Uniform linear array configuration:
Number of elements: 12
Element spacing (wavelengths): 0.5
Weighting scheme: hann
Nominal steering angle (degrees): -30
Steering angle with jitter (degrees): -28.422
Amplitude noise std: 0.05
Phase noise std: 0.05

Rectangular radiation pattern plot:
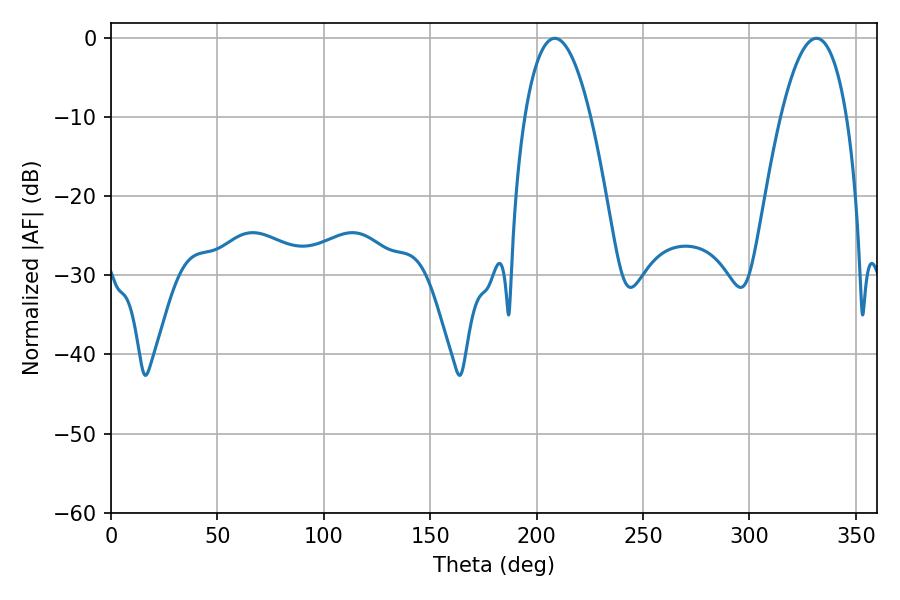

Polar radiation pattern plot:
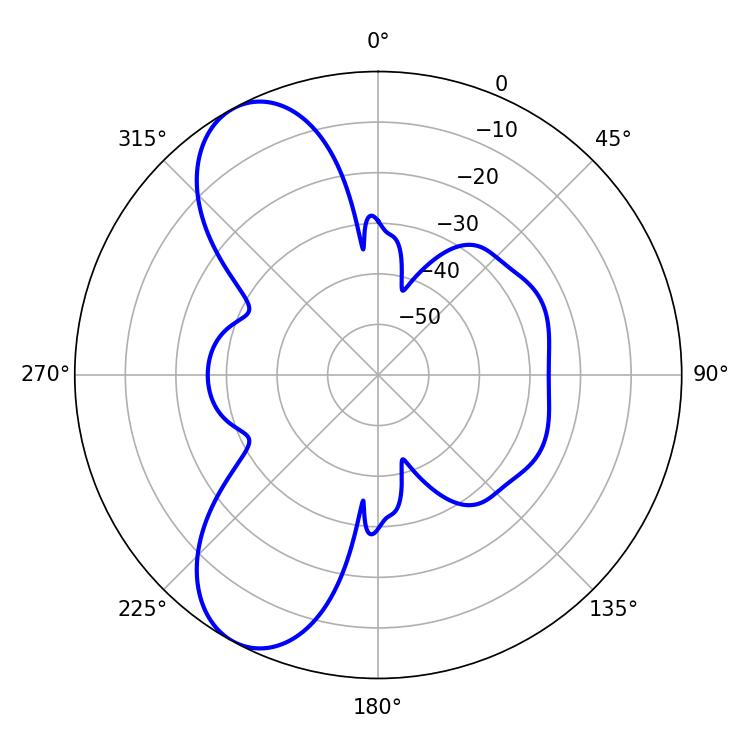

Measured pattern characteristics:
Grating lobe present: FALSE
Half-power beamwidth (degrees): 17.28
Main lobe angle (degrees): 208.44